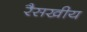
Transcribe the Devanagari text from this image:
रैसखीय